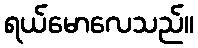
ရယ်မောလေသည်။